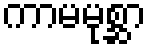
ကာမမုစ္ဆာ